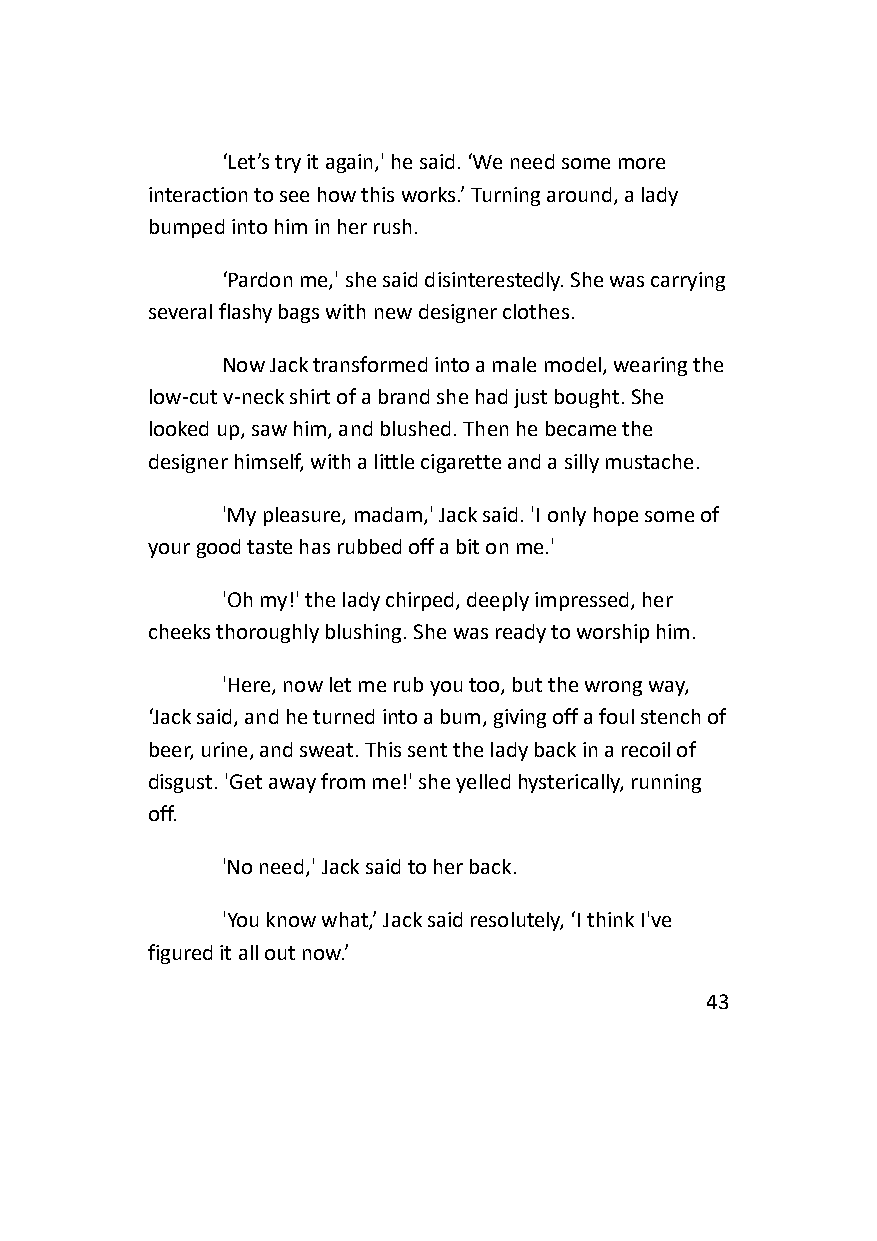
‘Let’s try it again,' he said. ‘We need some more
 interaction to see how this works.’ Turning around, a lady
 bumped into him in her rush.
 ‘Pardon me,' she said disinterestedly. She was carrying
 several flashy bags with new designer clothes.
 Now Jack transformed into a male model, wearing the
 low-cut v-neck shirt of a brand she had just bought. She
 looked up, saw him, and blushed. Then he became the
 designer himself, with a little cigarette and a silly mustache.
 'My pleasure, madam,' Jack said. 'I only hope some of
 your good taste has rubbed off a bit on me.'
 'Oh my!' the lady chirped, deeply impressed, her
 cheeks thoroughly blushing. She was ready to worship him.
 'Here, now let me rub you too, but the wrong way,
 ‘Jack said, and he turned into a bum, giving off a foul stench of
 beer, urine, and sweat. This sent the lady back in a recoil of
 disgust. 'Get away from me!' she yelled hysterically, running
 off.
 'No need,' Jack said to her back.
 'You know what,’ Jack said resolutely, ‘I think I've
 figured it all out now.’
 43